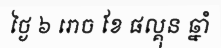
ថ្ងៃ ៦ រោច ខែ ផល្គុន ឆ្នាំ